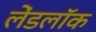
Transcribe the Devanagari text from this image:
लेंडलॉक